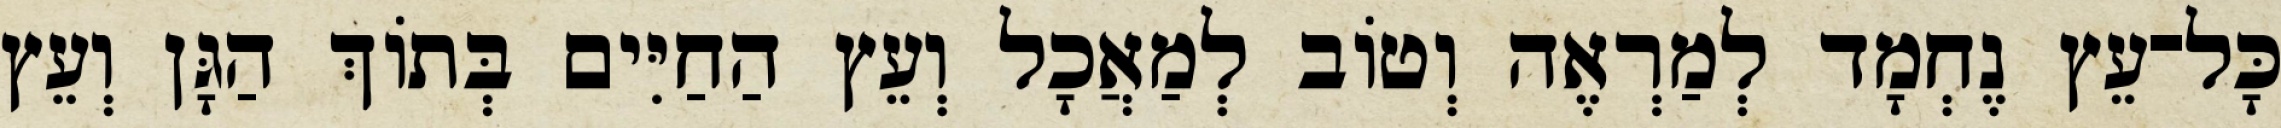
כָּל־עֵץ נֶחְמָד לְמַרְאֶה וְטֹוב לְמַאֲכָל וְעֵץ הַחַיִּים בְּתֹוךְ הַגָּן וְעֵץ